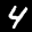
Label: 4